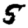
Digit: 5